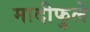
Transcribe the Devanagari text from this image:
मादीफुले